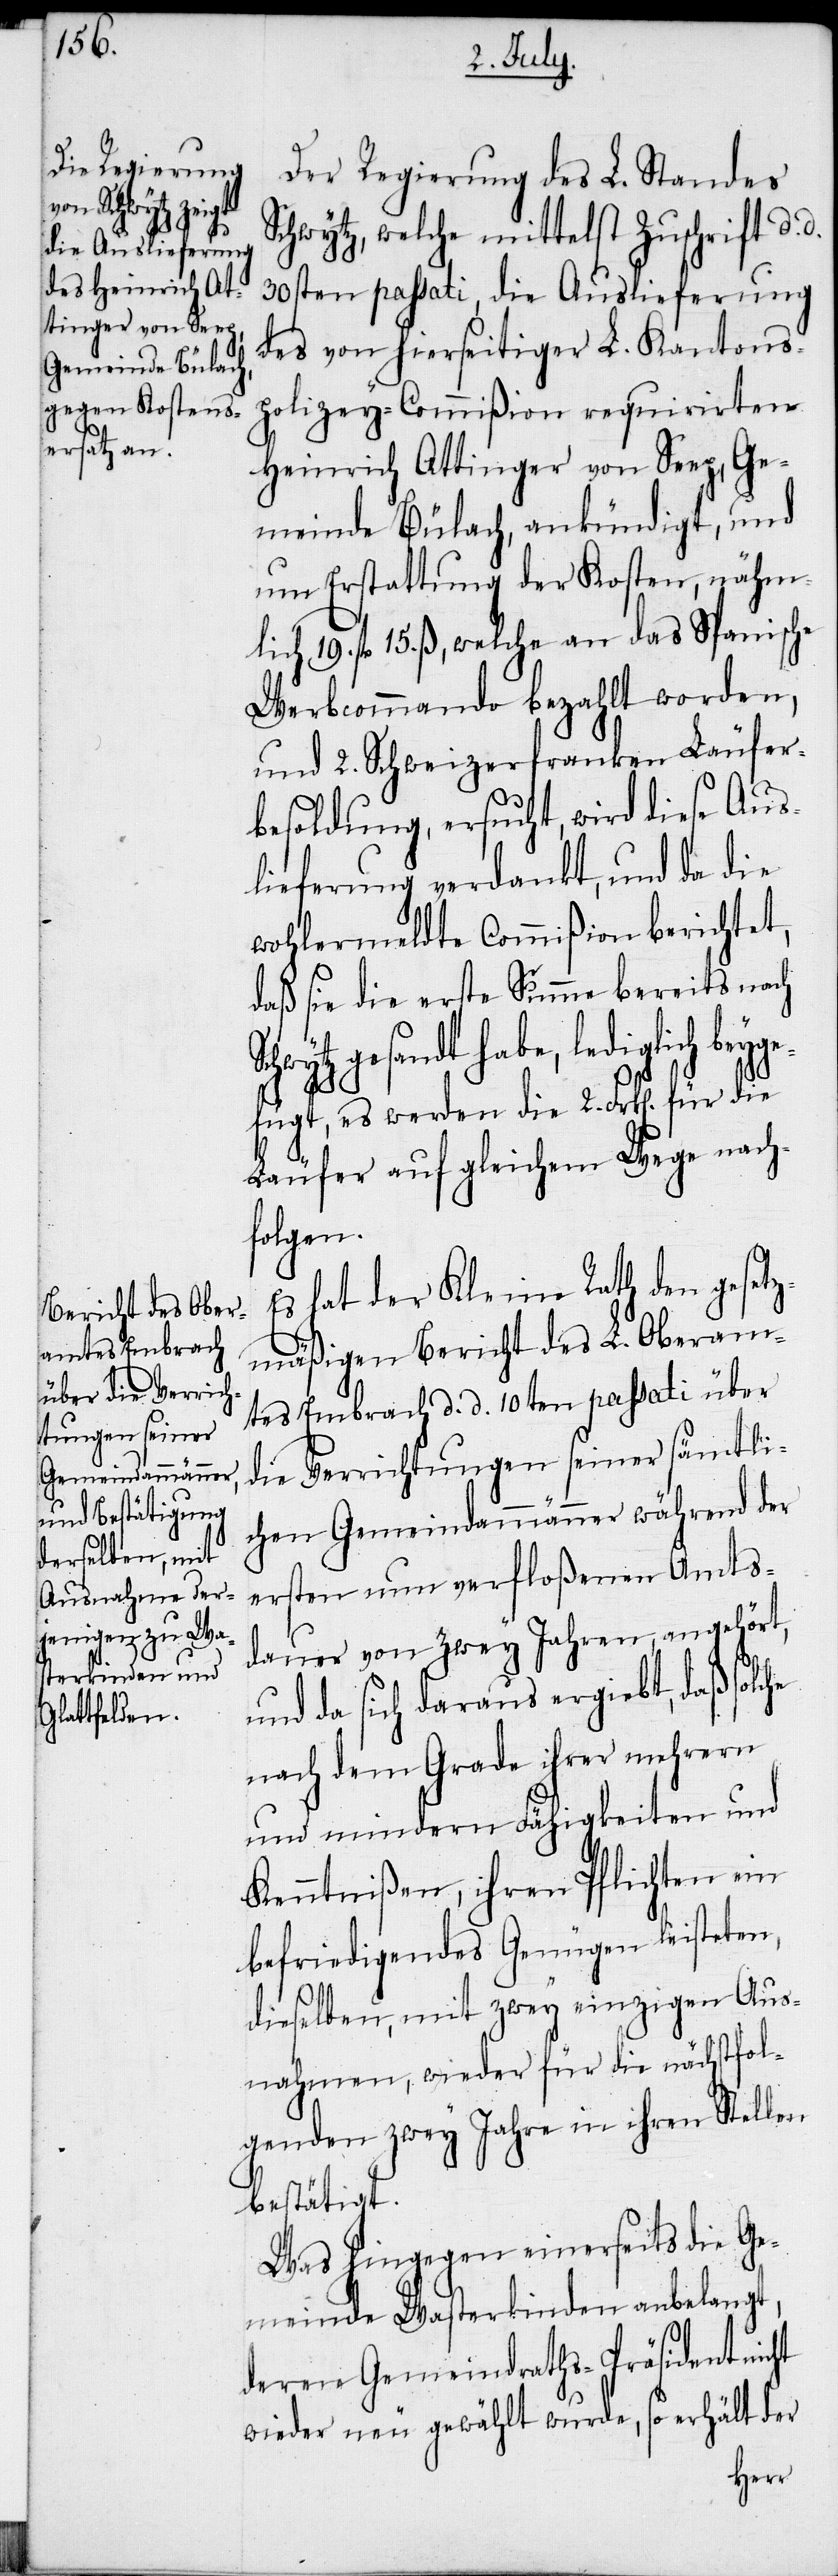
Der Regierung des L. Standes
Schwytz, welche mittelst Zuschrift d.
30sten passati, die Auslieferung
des von hierseitiger L. Kantons¬
polizey-Commißion requirirten
Heinrich Attinger von Seep, Ge¬
meinde Bülach, ankündigt, und
um Erstattung der Kosten, nähm¬
lich 19. fl 15. ß, welche an das Spanische
Werbcommando bezahlt worden,
und 2. Schweizerfranken Läufer¬
besoldung, ersucht, wird diese Aus¬
lieferung verdankt, und da die
wohlermeldte Commißion berichtet,
daß sie die erste Summe bereits nach
gesandt habe, lediglich bey¬
gefügt, es werden die 2. Frk[en]. für die
Läufer auf gleichem Wege nach¬
folgen.
Es hat der Kleine Rath den gesetz¬
mäßigen Bericht des L. Oberam¬
tes Embrach d. d. 10ten passati über
die Verrichtungen seiner sämtli¬
chen Gemeindammänner während der
ersten nun verfloßenen Amts¬
dauer von zwey Jahren, angehört,
und da sich daraus ergiebt, daß
nach dem Grade ihrer mehrern
und mindern Fähigkeiten und
Kenntnißen, ihren Pflichten ein
befriedigendes Genügen leisteten,
dieselben, mit zwey einzigen Aus¬
nahmen, wieder für die nächstfol¬
genden zwey Jahre in ihren Stellen
bestätigt.
Was hingegen einerseits die Ge¬
meinde Wasterkinden anbelangt,
deren Gemeindraths-Präsident nicht
wieder neu gewählt wurde, so erhält der